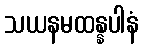
သယနမထန္နပါနံ